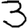
Digit: 3